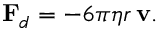
\mathbf { F } _ { d } = - 6 \pi \eta r \, \mathbf { v } .